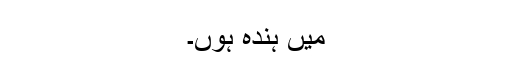
میں ہندہ ہوں۔